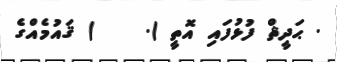
. ޙަދީޘް ފުޅުފައި އޮތީ ).    ) ޤައުމެއްގެ